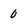
Character: 0